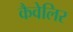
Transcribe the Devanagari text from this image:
कैवेलिर